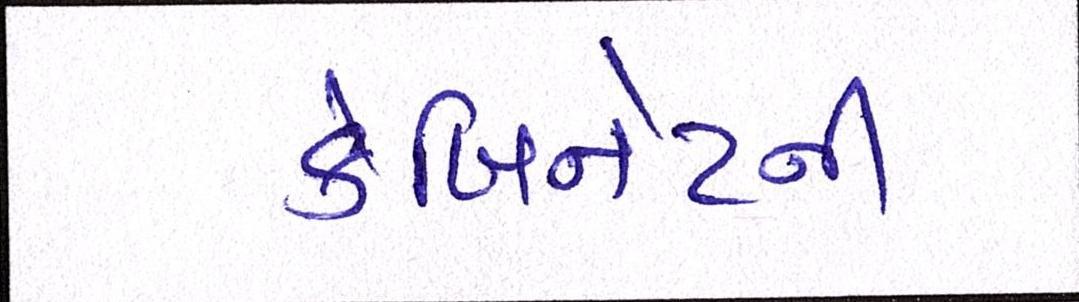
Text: કેબિનેટની